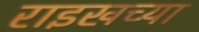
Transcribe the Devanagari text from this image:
राइखच्या